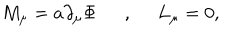
M _ { \mu } = a \partial _ { \mu } \Phi \, \, \, \, \, \, \, \, \, , \, \, \, \, \, \, \, \, L _ { \mu } = 0 ,